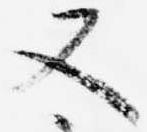
又